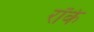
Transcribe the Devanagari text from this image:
रॉके